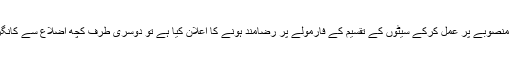
ایک طرف کانگریس اور جنتا دل ایس کی مخلوط حکومت نے ساجھے داری کے منصوبے پر عمل کرکے سیٹوں کے تقسیم کے فارمولے پر رضامند ہونے کا اعلان کیا ہے تو دوسری طرف کچھ اضلاع سے کانگریس پارٹی کے کارکنان اور مقامی لیڈران میں بے اطمینانی کی ہوا چل پڑی ہے۔